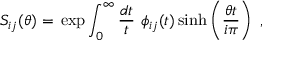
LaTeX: S _ { i j } ( \theta ) = \, \exp \int _ { 0 } ^ { \infty } \frac { d t } { t } \, \, \phi _ { i j } ( t ) \sinh \left( \frac { \theta t } { i \pi } \right) \, \, ,